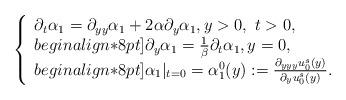
LaTeX: \begin{align*}\left\{\begin{array}{ll}\partial_t\alpha_1 = \partial_{yy}\alpha_1 + 2\alpha\partial_y \alpha_1, y>0,\ t>0,\\begin{align*}8pt]\partial_y \alpha_1 = \frac{1}{\beta}\partial_t\alpha_1,y=0, \\begin{align*}8pt]\alpha_1|_{t=0} = \alpha_1^0(y) := \frac{\partial_{yyy}u_0^s(y)}{\partial_y u_0^s(y)}.\end{array}\right.\end{align*}